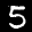
Label: 5